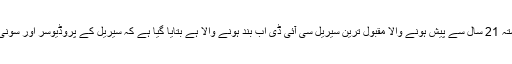
24 اکتوبر ( اردو لیکس) سونی ٹی وی پر گزشتہ 21 سال سے پیش ہونے والا مقبول ترین سیریل سی آئی ڈی اب بند ہونے والا ہے بتایا گیا ہے کہ سیریل کے پروڈیوسر اور سونی ٹی وی انتظامیہ کے درمیان کسی مسلہ پ ...